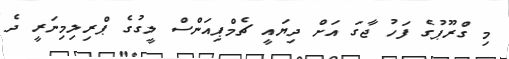
މި ގްރޫޕުގެ ފަހު ޖާގަ އަށް ދިޔައީ ޗެމްޕިއަންސް ލީގުގެ ޕްރިލިމިނަރީ ދެ